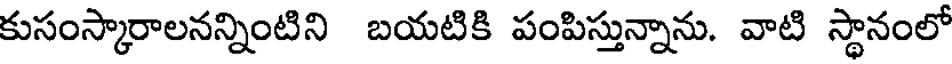
కుసంస్కారాలనన్నింటిని బయటికి పంపిస్తున్నాను. వాటి స్థానంలో